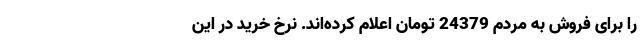
را برای فروش به مردم 24379 تومان اعلام کرده‌اند. نرخ خرید در این